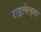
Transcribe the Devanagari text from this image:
राइलेल्या